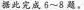
据此完成6~8题。